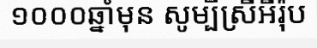
១០០០ឆ្នាំមុន សូម្បីស្រីអឺរ៉ុប